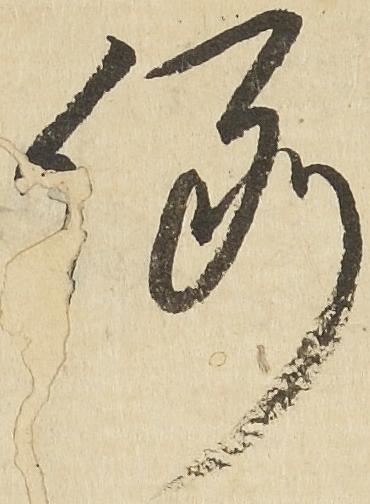
例